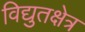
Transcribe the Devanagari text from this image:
विद्युतक्षेत्र